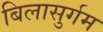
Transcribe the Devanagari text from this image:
बिलासुर्गम